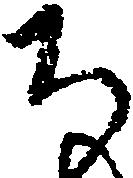
ち